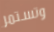
وتستمر